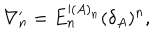
LaTeX: \nabla _ { n } ^ { \prime } = E _ { n } ^ { \prime ( A ) _ { n } } ( \delta _ { A } ) ^ { n } ,